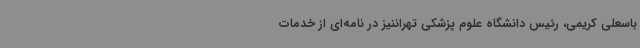
باسعلی کریمی، رئیس دانشگاه علوم پزشکی تهراننیز در نامه‌ای از خدمات